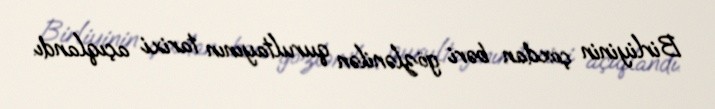
Birliyinin çoxdan bəri gözlənilən qurultayının tarixi açıqlandı.